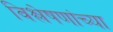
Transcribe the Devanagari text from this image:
विश्लेषणांच्या